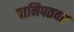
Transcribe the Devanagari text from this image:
पानिपतवर